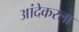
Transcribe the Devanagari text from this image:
आंदेकरला